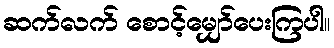
ဆက်လက် စောင့်မျှော်ပေးကြပါ။